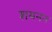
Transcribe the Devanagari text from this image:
शयनन